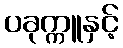
ပခုက္ကူနှင့်